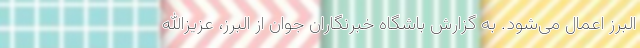
البرز اعمال می‌شود. به گزارش باشگاه خبرنگاران جوان از البرز، عزیزالله